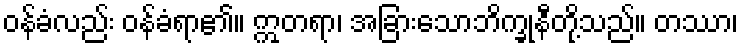
ဝန်ခံလည်း ဝန်ခံရာ၏။ ဣတရာ၊ အခြားသောဘိက္ခုနီတို့သည်။ တဿာ၊